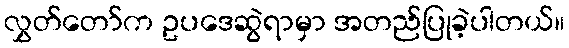
လွှတ်တော်က ဥပဒေဆွဲရာမှာ အတည်ပြုခဲ့ပါတယ်။